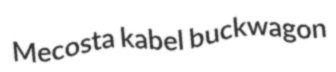
Mecosta kabel buckwagon